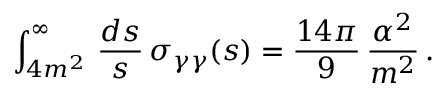
\int _ { 4 m ^ { 2 } } ^ { \infty } \, { \frac { d s } { s } } \, \sigma _ { \gamma \gamma } ( s ) = { \frac { 1 4 \pi } { 9 } } \, { \frac { \alpha ^ { 2 } } { m ^ { 2 } } } \, .